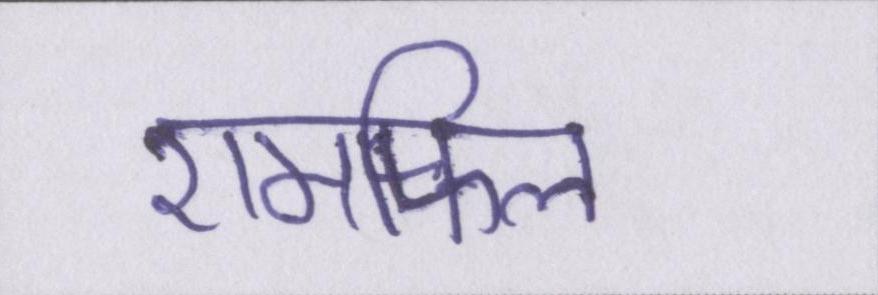
एमफिल